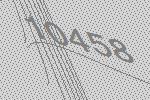
10458